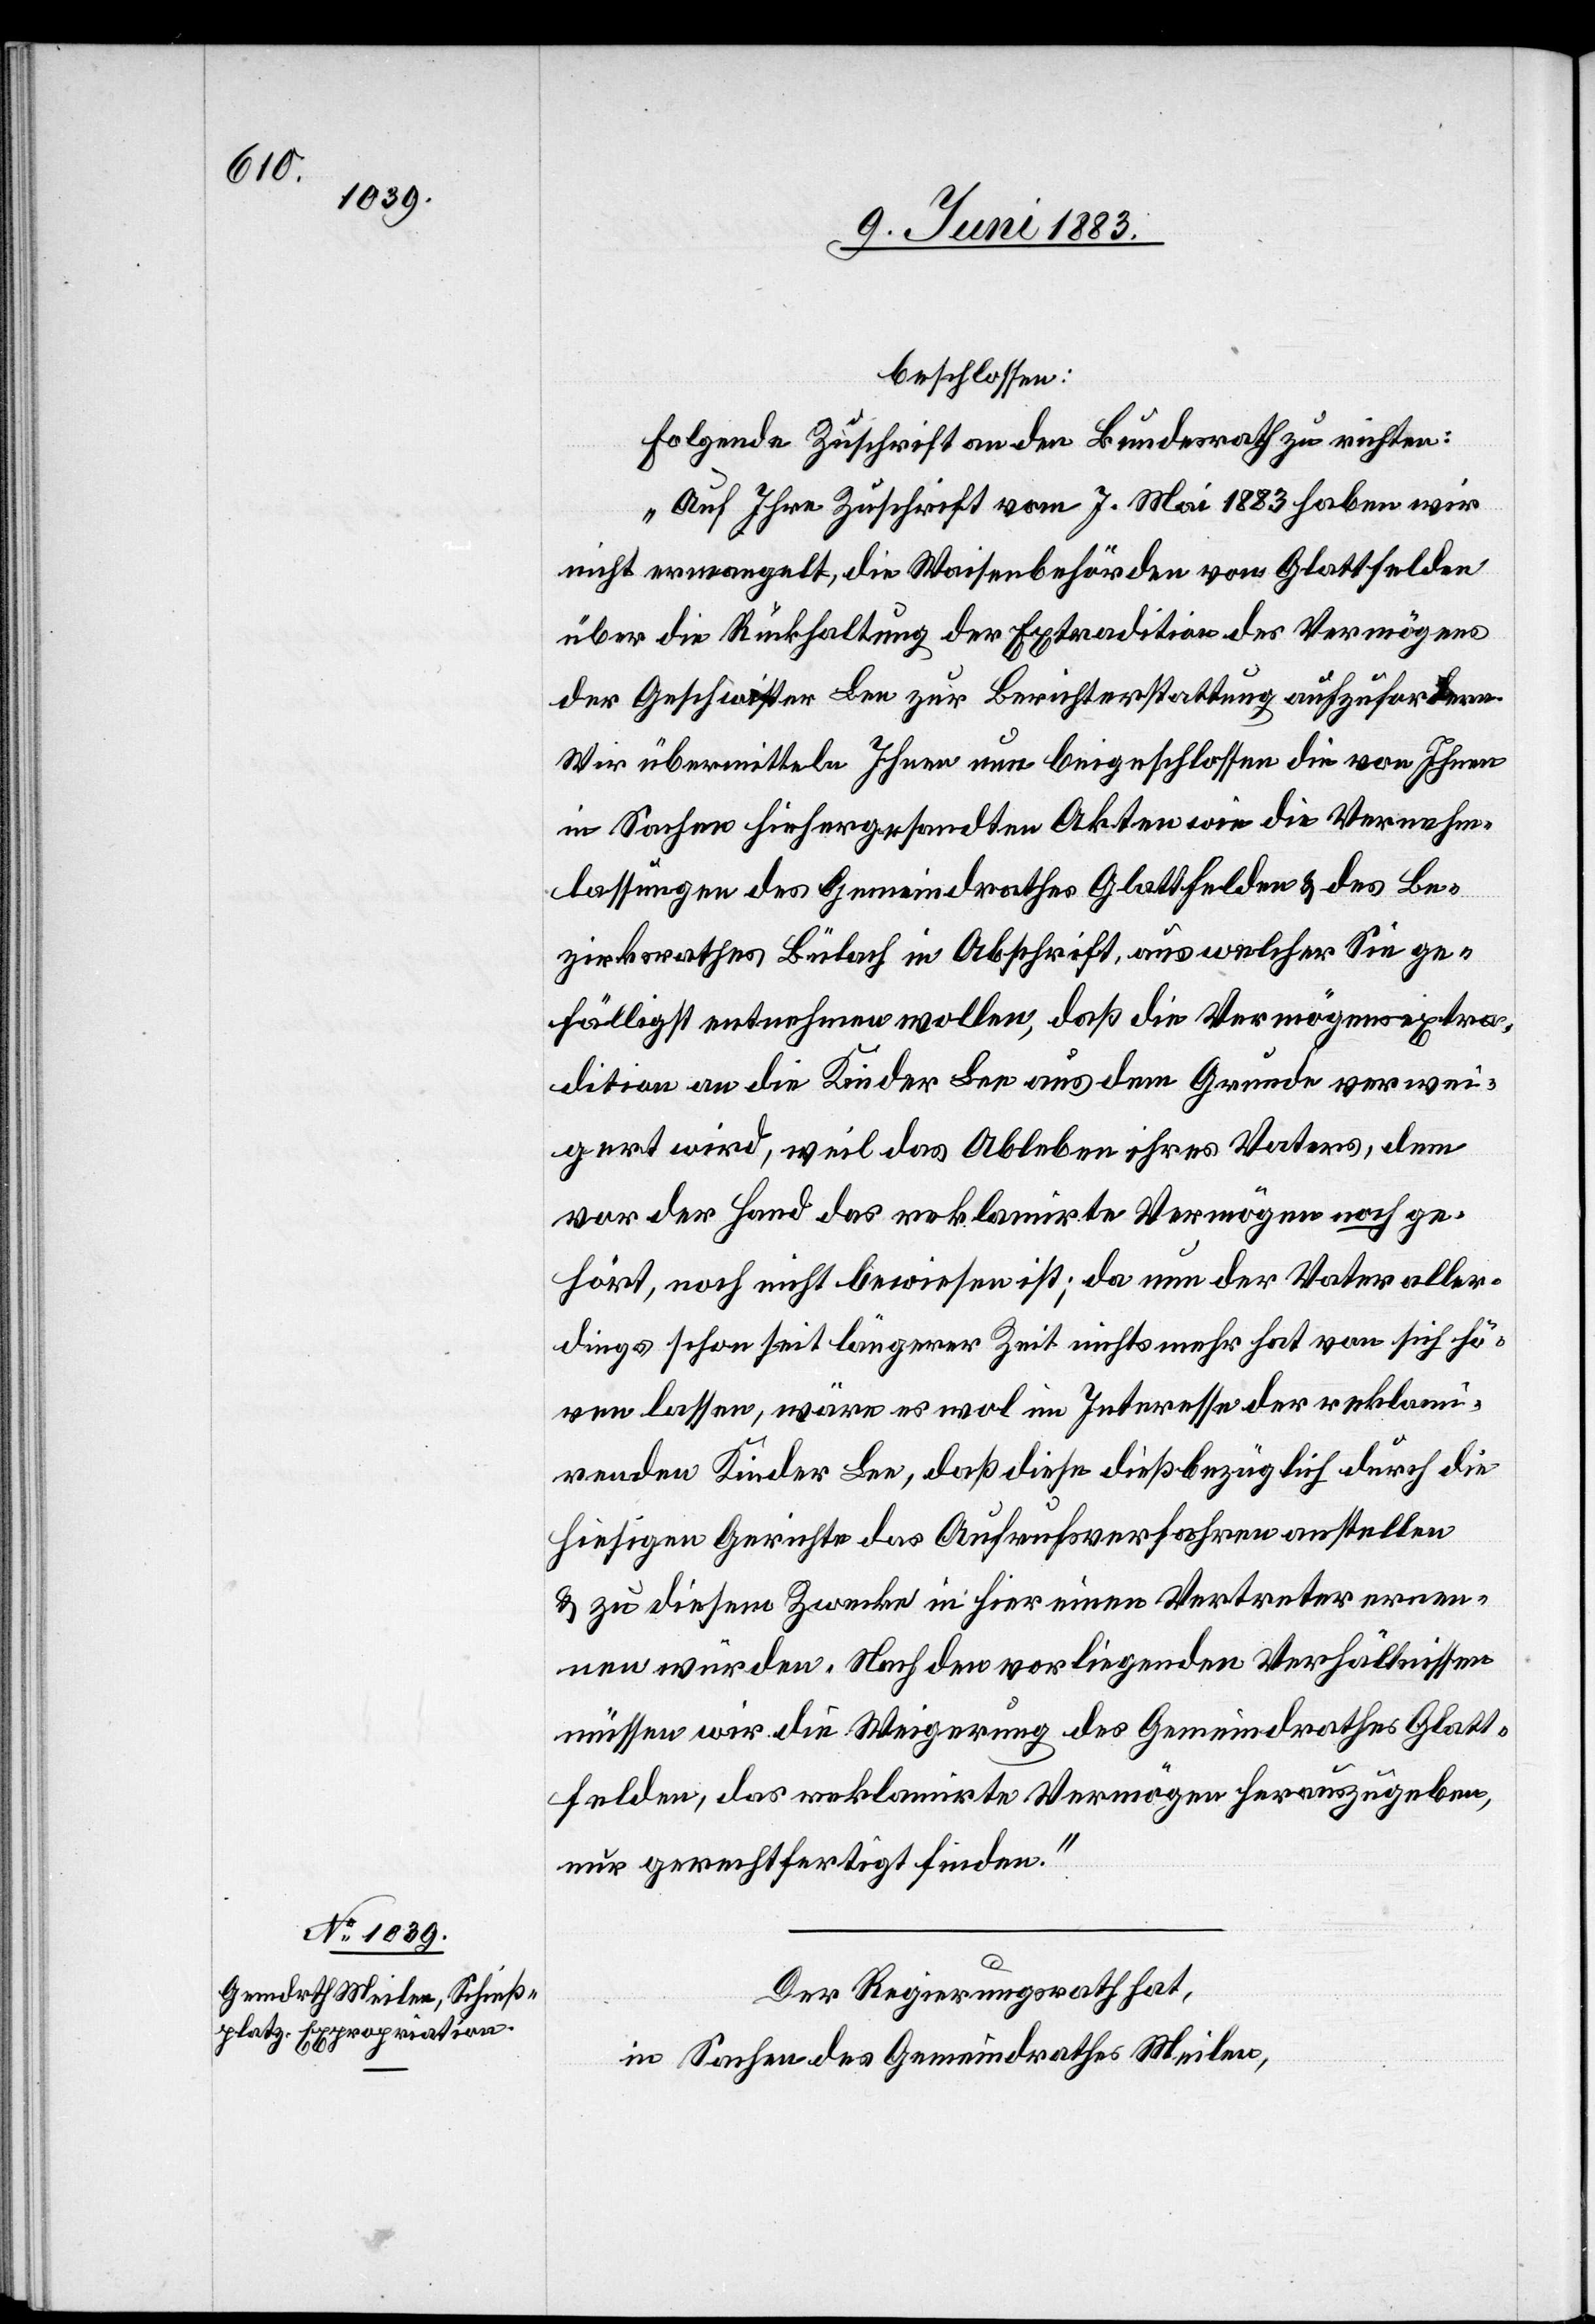
beschlossen:
Folgende Zuschrift an den Bundesrath zu richten:
„Auf Ihre Zuschrift vom 7. Mai 1883 haben wir
nicht ermangelt, die Waisenbehörden von Glattfelden
über die Rückhaltung der Extradition des Vermögens
der Geschwister Lee zur Berichterstattung aufzufordern.
Wir übermitteln Ihnen nun beigeschlossen die von Ihnen
in Sachen hiehergesandten Akten wie die Vernehm¬
lassungen des Gemeindrathes Glattfelden & des Be¬
zirksrathes Bülach in Abschrift, aus welcher Sie ge¬
fälligst entnehmen wollen, daß die Vermögensextra¬
dition an die Kinder Lee aus dem Grunde verwei¬
gert wird, weil das Ableben ihres Vaters, dem
vor der Hand das reklamirte Vermögen noch ge¬
hört, noch nicht bewiesen ist; da nun der Vater aller¬
dings schon seit längerer Zeit nichts mehr hat von sich hö¬
ren lassen, wäre es wol im Interesse der reklami¬
renden Kinder Lee, daß diese dießbezüglich durch die
hiesigen Gerichte das Aufrufsverfahren anstellen
& zu diesem Zwecke in hier einen Vertreter ernen¬
nen würden. Nach den vorliegenden Verhältnissen
müssen wir die Weigerung des Gemeindrathes Glatt¬
felden, das reklamirte Vermögen herauszugeben,
nur gerechtfertigt finden.“
Der Regierungsrath hat,
in Sachen des Gemeindrathes Meilen,